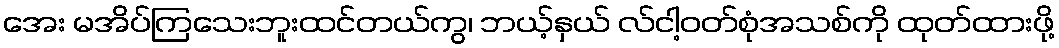
အေး မအိပ်ကြသေးဘူးထင်တယ်ကွ၊ ဘယ့်နှယ် လ်ငါ့ဝတ်စုံအသစ်ကို ထုတ်ထားဖို့